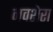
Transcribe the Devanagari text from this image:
नवशेरा